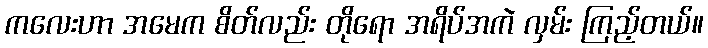
ကလေးဟာ အမေက စိတ်လည်း တိုရော အရိပ်အကဲ လှမ်း ကြည့်တယ်။